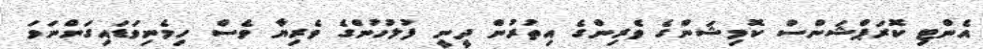
އެންޓި ކޮރަޕްޝަންސް ކޮމިޝަންގެ ވެރިންގެ އިތުރުން ދީނީ ފުލުހުންގެ ވެރިޔާ ވެސް ހިމެނިވަޑައިގަންނަވަ